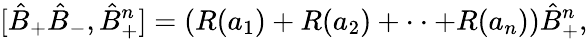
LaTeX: [\hat{B}_{+}\hat{B}_{-},\hat{B}_{+}^{n}]=(R(a_{1})+R(a_{2})+\cdot\cdot+R(a_{n}))\hat{B}_{+}^{n},